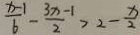
\frac { x - 1 } { 6 } - \frac { 3 x - 1 } { 2 } > 2 - \frac { x } { 2 }